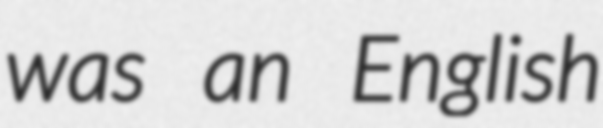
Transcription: was an English